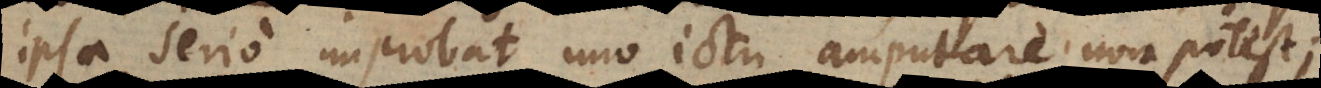
ipsa serio improbat uno ictu amputare non potest;